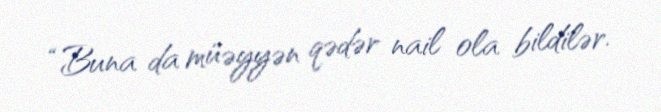
“Buna da müəyyən qədər nail ola bildilər.